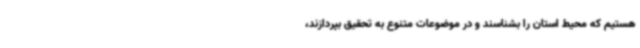
هستیم که محیط استان را بشناسند و در موضوعات متنوع به تحقیق بپردازند،